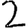
Digit: 2